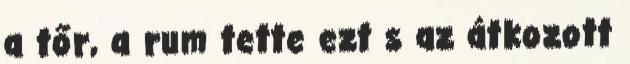
a tőr, a rum tette ezt s az átkozott